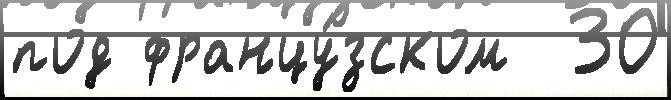
под францу́зском  30